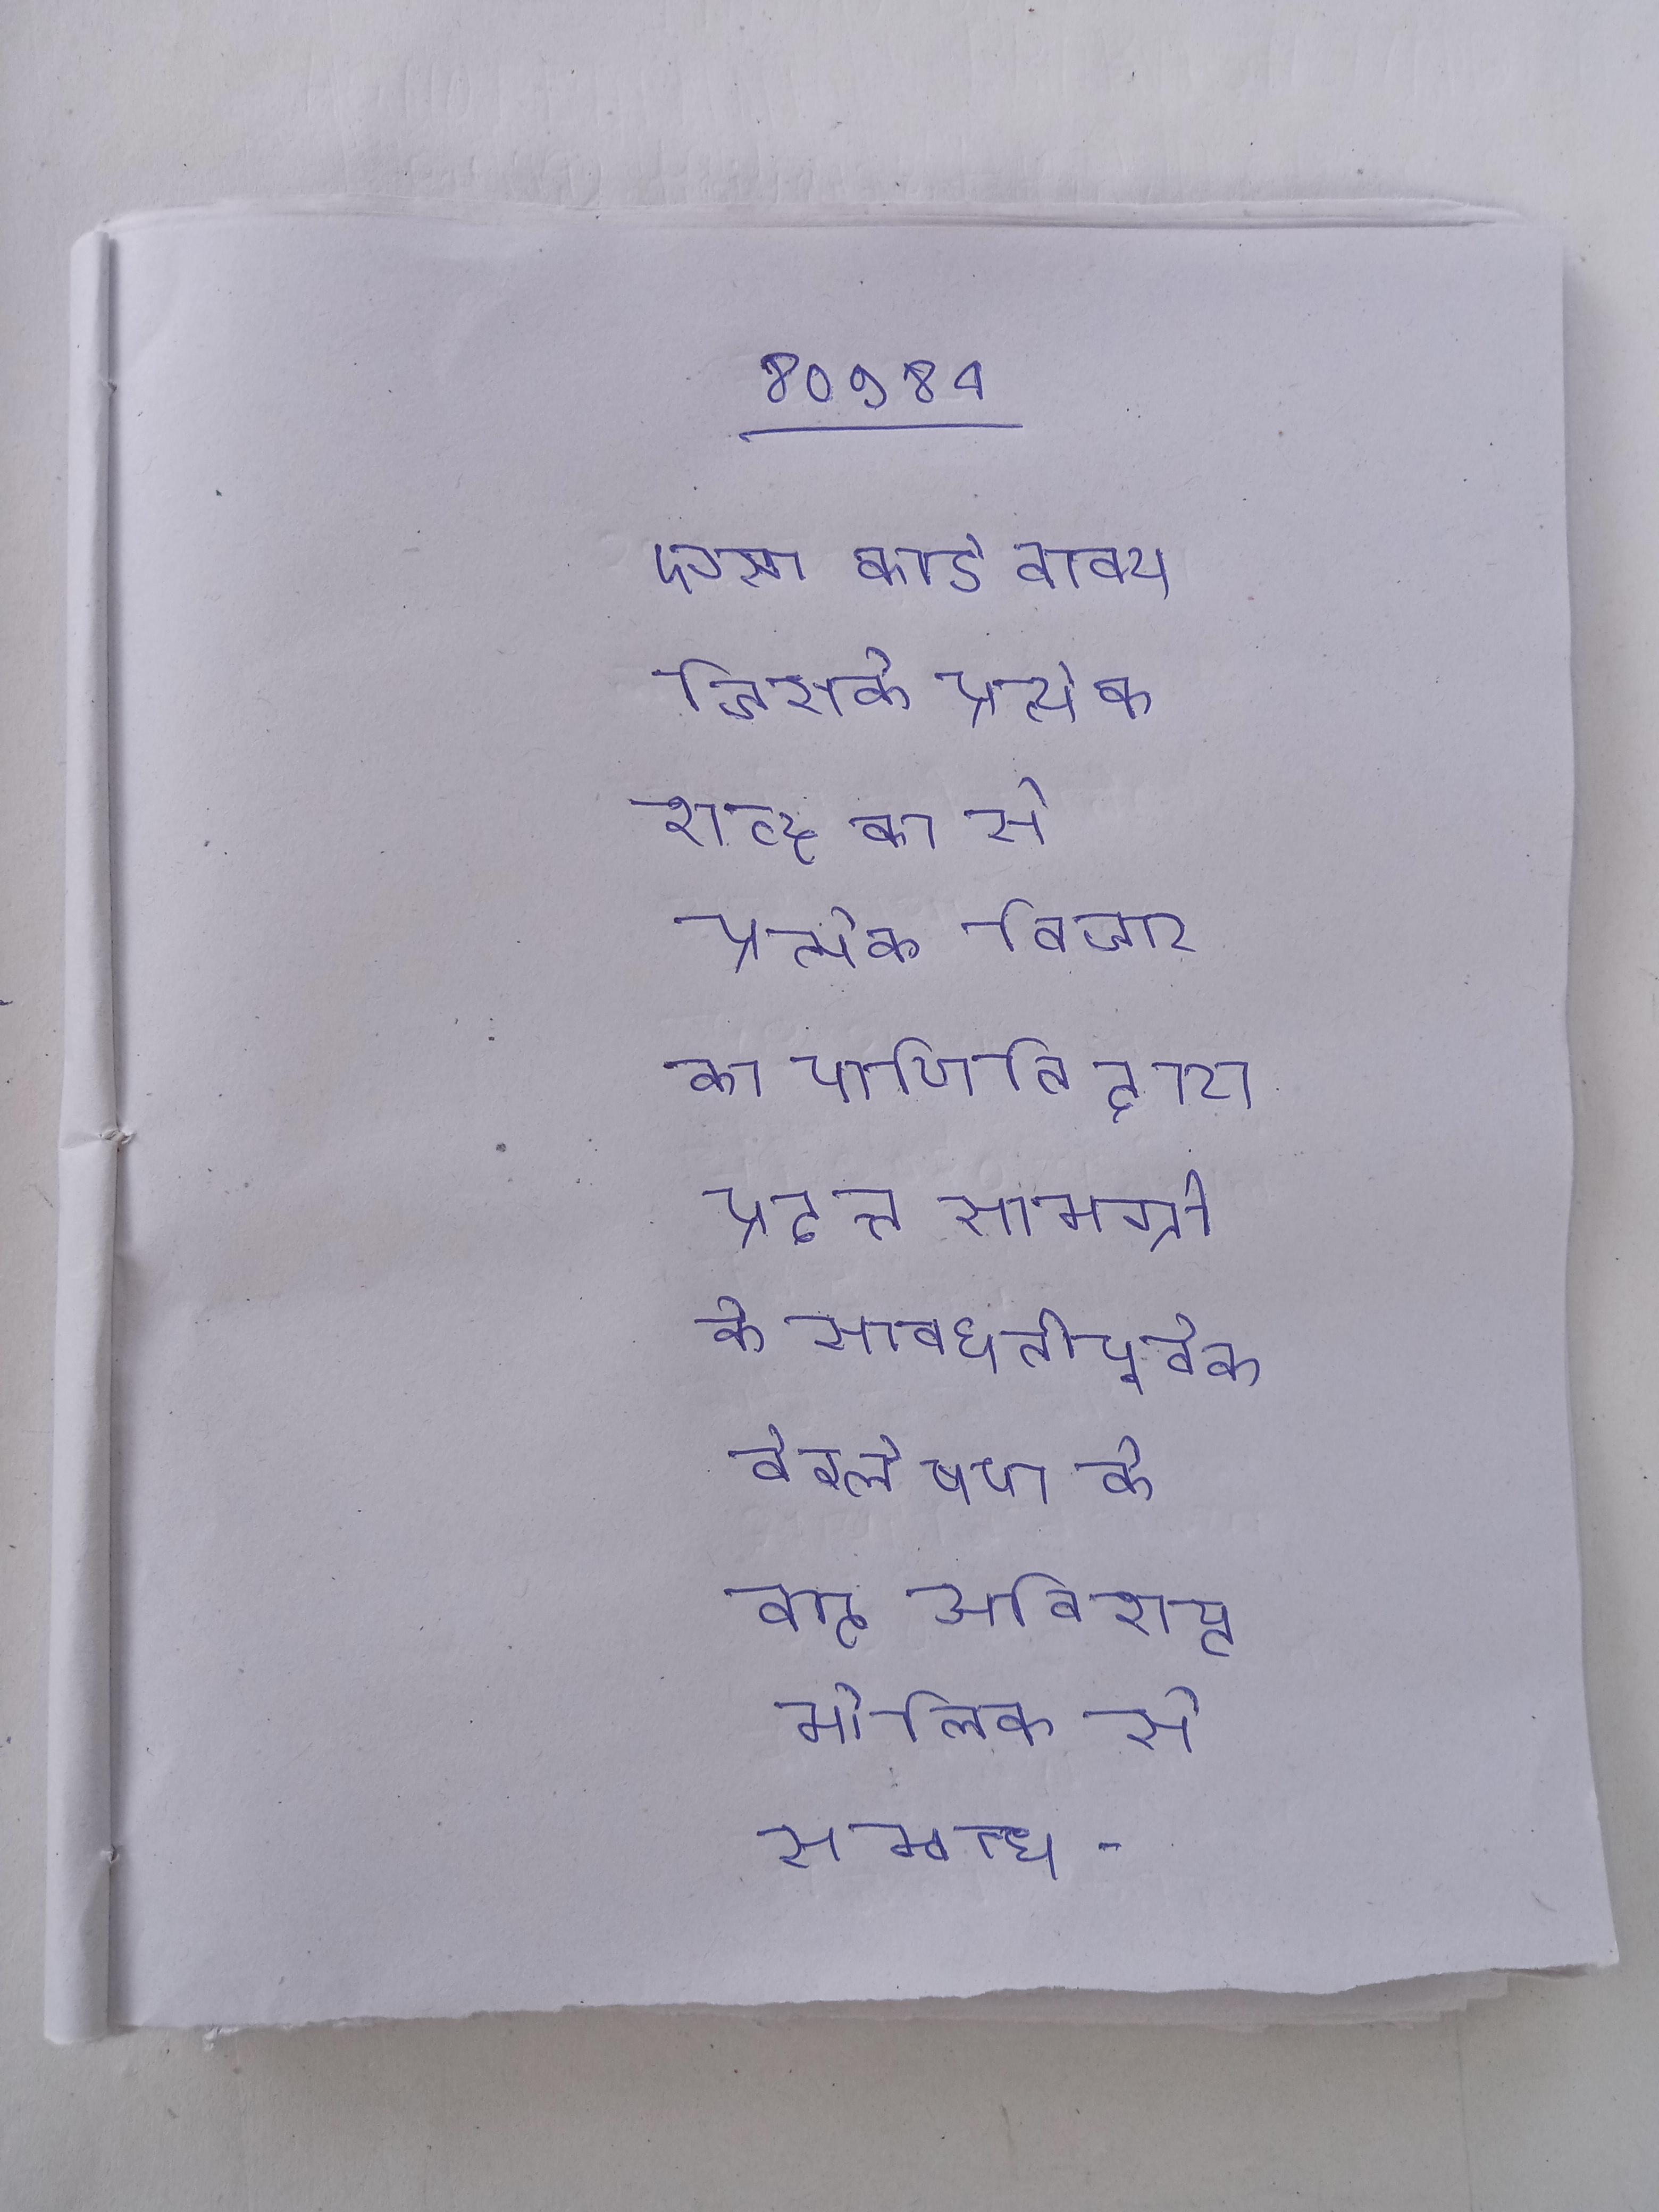
ऐसा कोई वाक्य जिसके प्रत्येक शब्द का से प्रत्येक विचार का पाणिनि द्वारा प्रदत्त सामग्री के सावधानीपूर्वक वेश्लेषण के बाद अविशष्ट मौलिक से सम्बन्ध निकाला न जा सके।" ऐसे के अर्थ बताने वाले हिस्से को बोलते और इस श्रेणी के को कहते ।